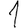
Digit: 1